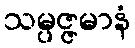
သမ္ပဇ္ဇမာနံ